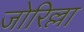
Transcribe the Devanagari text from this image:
जोरिल्ला